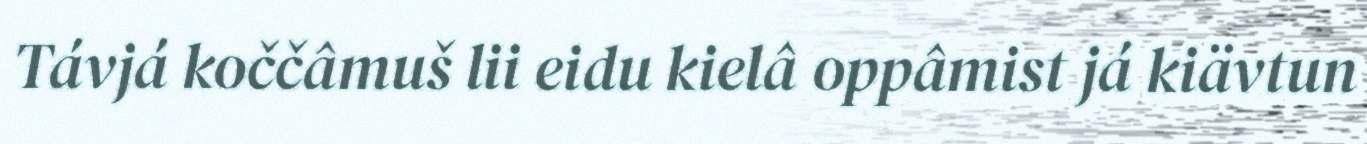
Távjá koččâmuš lii eidu kielâ oppâmist já kiävtun